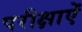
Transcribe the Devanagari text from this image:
परीक्षाऐं